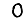
Digit: 0